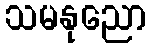
သမနုညော